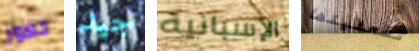
حضور جيد الإسبانية تفعلينها